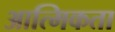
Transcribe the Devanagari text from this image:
आत्मिकता